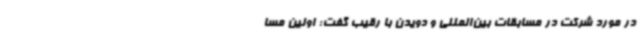
در مورد شرکت در مسابقات بین‌المللی و دویدن با رقیب گفت: اولین مسا